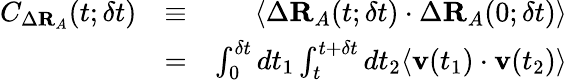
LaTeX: \begin{array}{rlr}{C_{\Delta\mathbf{R}_{A}}(t;\delta t)}&{\equiv}&{\left\langle\Delta\mathbf{R}_{A}(t;\delta t)\cdot\Delta\mathbf{R}_{A}(0;\delta t)\right\rangle}\\ &{=}&{\int_{0}^{\delta t}dt_{1}\int_{t}^{t+\delta t}dt_{2}\langle\mathbf{v}(t_{1})\cdot\mathbf{v}(t_{2})\rangle}\end{array}